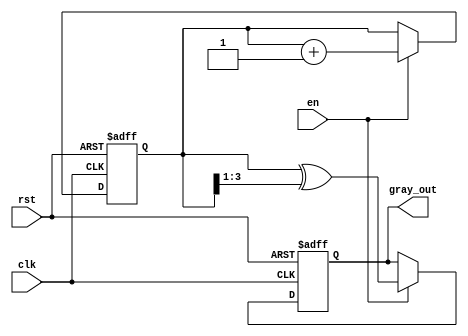
module gray_code_counter (
    input wire clk,          // Clock signal
    input wire rst,          // Asynchronous reset signal
    input wire en,           // Enable signal
    output reg [3:0] gray_out // Gray code output (4 bits)
);

    reg [3:0] binary_reg;    // Binary counter register

    // Asynchronous reset and counting mechanism
    always @(posedge clk or posedge rst) begin
        if (rst) begin
            binary_reg <= 4'b0000; // Reset binary counter to 0
            gray_out <= 4'b0000;   // Reset Gray code output to 0
        end else if (en) begin
            binary_reg <= binary_reg + 1; // Increment binary counter
            
            // Convert binary to Gray code
            gray_out <= binary_reg ^ (binary_reg >> 1);
        end
    end

endmodule